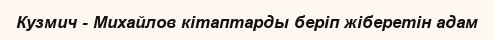
Кузмич - Михайлов кітаптарды беріп жіберетін адам